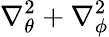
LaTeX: \nabla_{\theta}^{2}+\nabla_{\phi}^{2}